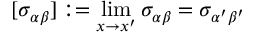
[ \sigma _ { \alpha \beta } ] : = \operatorname* { l i m } _ { x \rightarrow x ^ { \prime } } \sigma _ { \alpha \beta } = \sigma _ { \alpha ^ { \prime } \beta ^ { \prime } }